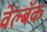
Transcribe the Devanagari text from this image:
वेल्बॅक